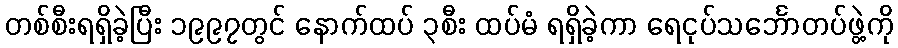
တစ်စီးရရှိခဲ့ပြီး ၁၉၉၇တွင် နောက်ထပ် ၃စီး ထပ်မံ ရရှိခဲ့ကာ ရေငုပ်သင်္ဘောတပ်ဖွဲ့ကို